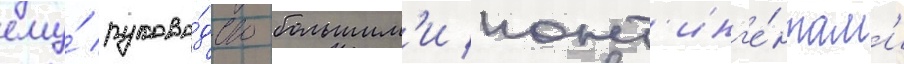
ему́ руково́дство большим'и конт'инг'е́нтам'и